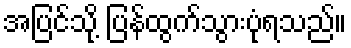
အပြင်သို့ ပြန်ထွက်သွားပုံရသည်။